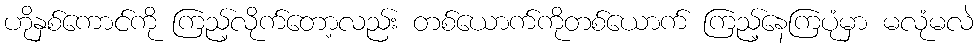
ဟိုနှစ်ကောင်ကို ကြည့်လိုက်တော့လည်း တစ်ယောက်ကိုတစ်ယောက် ကြည့်နေကြပုံမှာ မလုံမလဲ